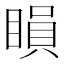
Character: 䁚